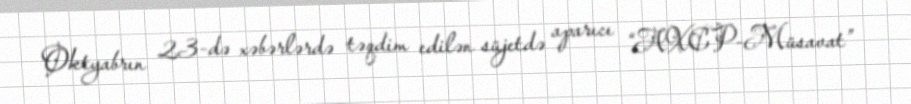
Oktyabrın 23-də xəbərlərdə təqdim edilən süjetdə aparıcı “AXCP-Müsavat”